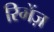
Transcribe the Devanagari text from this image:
रिमेंज़